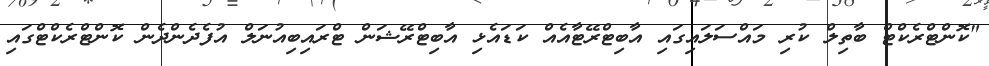
"ކޮންޓްރެކްޓް ބާތިލް ކުރި މައްސަލައިގައި އާބިޓްރޭޓާއެއް ކަޑައެޅި އާބިޓްރޭޝަން ޓްރައިބިއުނަލް އުފެދެންދެން ކޮންޓްރެކްޓްގައި